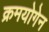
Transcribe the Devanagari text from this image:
क्रमयोगेन